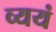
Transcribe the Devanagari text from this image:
व्ययं